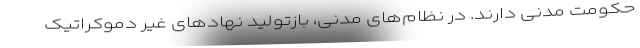
حکومت مدنی دارند. در نظام‌های مدنی‌، بازتولید نهاد‌های غیر دموکراتیک